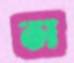
স